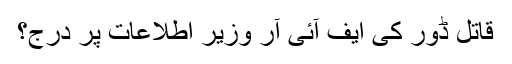
قاتل ڈور کی ایف آئی آر وزیر اطلاعات پر درج؟